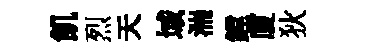
飢烈天域湍鏜厦狄